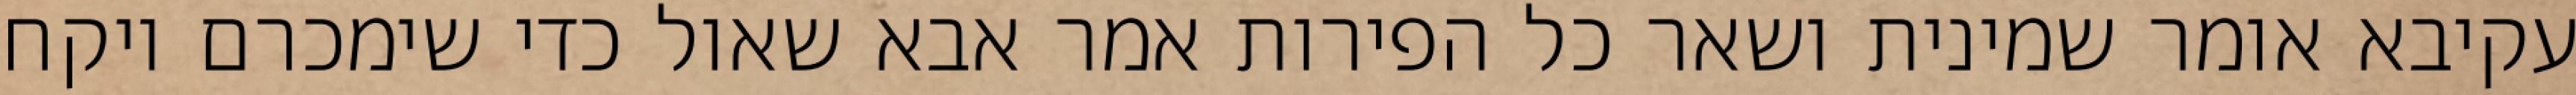
עקיבא אומר שמינית ושאר כל הפירות אמר אבא שאול כדי שימכרם ויקח